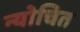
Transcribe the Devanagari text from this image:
न्योचित